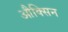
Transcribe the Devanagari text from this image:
औक्सिन